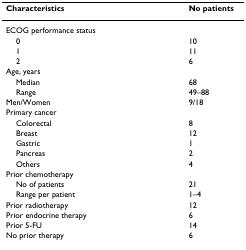
<table><thead><tr><td><b>Characteristics</b></td><td><b>No patients</b></td></tr></thead><tbody><tr><td colspan="2">ECOG performance status</td></tr><tr><td> 0</td><td>10</td></tr><tr><td> 1</td><td>11</td></tr><tr><td> 2</td><td>6</td></tr><tr><td colspan="2">Age, years</td></tr><tr><td> Median</td><td>68</td></tr><tr><td> Range</td><td>49–88</td></tr><tr><td>Men/Women</td><td>9/18</td></tr><tr><td colspan="2">Primary cancer</td></tr><tr><td> Colorectal</td><td>8</td></tr><tr><td> Breast</td><td>12</td></tr><tr><td> Gastric</td><td>1</td></tr><tr><td> Pancreas</td><td>2</td></tr><tr><td> Others</td><td>4</td></tr><tr><td colspan="2">Prior chemotherapy</td></tr><tr><td> No of patients</td><td>21</td></tr><tr><td> Range per patient</td><td>1–4</td></tr><tr><td>Prior radiotherapy</td><td>12</td></tr><tr><td>Prior endocrine therapy</td><td>6</td></tr><tr><td>Prior 5-FU</td><td>14</td></tr><tr><td>No prior therapy</td><td>6</td></tr></tbody></table>